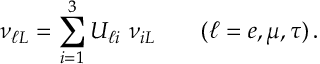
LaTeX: \nu _ { \ell L } = \sum _ { i = 1 } ^ { 3 } U _ { \ell i } \ \nu _ { i L } \qquad ( \ell = e , \mu , \tau ) \, .